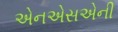
એનએસએની